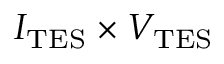
I _ { \mathrm { T E S } } \times V _ { \mathrm { T E S } }